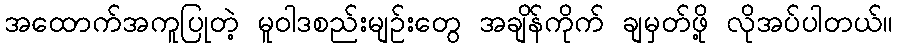
အထောက်အကူပြုတဲ့ မူဝါဒစည်းမျဉ်းတွေ အချိန်ကိုက် ချမှတ်ဖို့ လိုအပ်ပါတယ်။